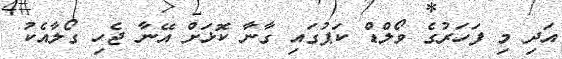
އަދި މި ފަހަރުގެ ވޯލްޑް ކަޕުގައި ގާނާ ކޮޅަށް އޭނާ ޖެހި ގޯލާއެކު